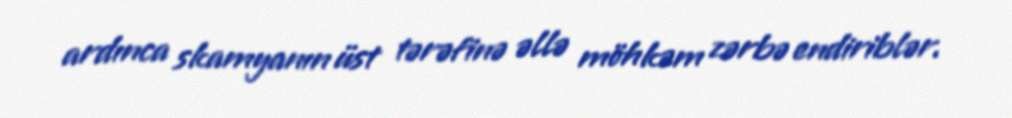
ardınca skamyanın üst tərəfinə əllə möhkəm zərbə endiriblər.